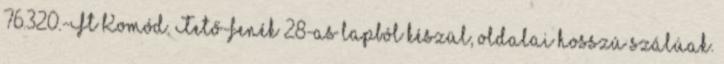
76.320.-Ft Komód. Tető-fenék 28-as lapból készül, oldalai hosszú szálúak.